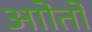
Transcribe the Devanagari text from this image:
आोतों